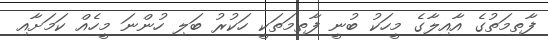
ފާތިމަތުގެ އާއިލާގެ މީހަކު ބުނީ ފާތިމަތަކީ ހަކުރު ބަލި ހުންނަ މީހެއް ކަމަށާއި